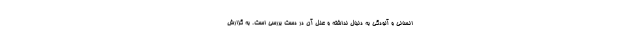
انسانی و آلودگی به دنبال نداشته و علل آن در دست بررسی است. به گزارش